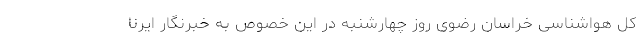
کل هواشناسی خراسان رضوی روز چهارشنبه در این خصوص به خبرنگار ایرنا